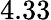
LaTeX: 4.33